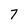
Character: 7